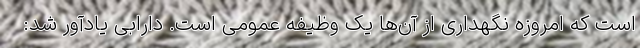
است که امروزه نگهداری از آن‌ها یک وظیفه عمومی است. دارابی یادآور شد: